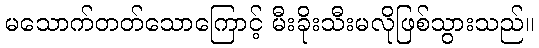
မသောက်တတ်သောကြောင့် မီးခိုးသီးမလိုဖြစ်သွားသည်။